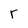
Character: r